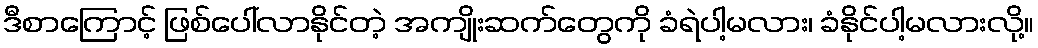
ဒီစာကြောင့် ဖြစ်ပေါ်လာနိုင်တဲ့ အကျိုးဆက်တွေကို ခံရဲပါ့မလား၊ ခံနိုင်ပါ့မလားလို့။